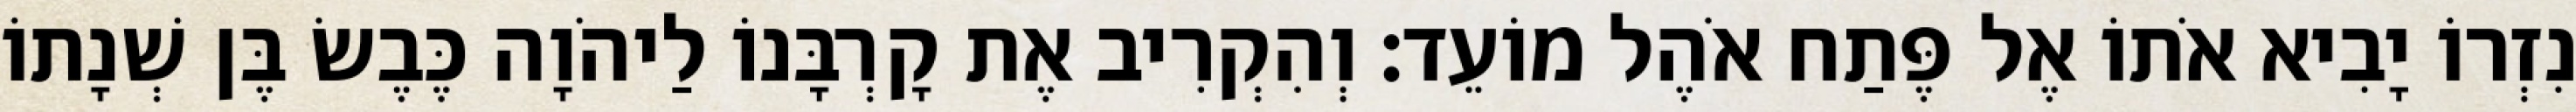
נִזְרוֹ יָבִיא אֹתוֹ אֶל פֶּתַח אֹהֶל מוֹעֵד׃ וְהִקְרִיב אֶת קָרְבָּנוֹ לַיהֹוָה כֶּבֶשׂ בֶּן שְׁנָתוֹ